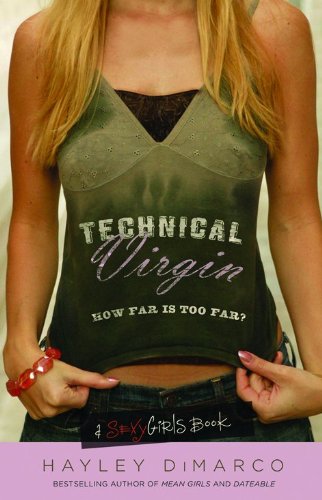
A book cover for Technical Virgin: How Far is Too Far?; Hayley DiMarco; Teen & Young Adult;